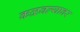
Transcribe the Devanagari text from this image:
कळवल्यावर